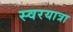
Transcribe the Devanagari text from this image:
स्वरयात्रा